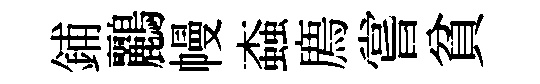
鋪鸝幔螙廌嘗貧